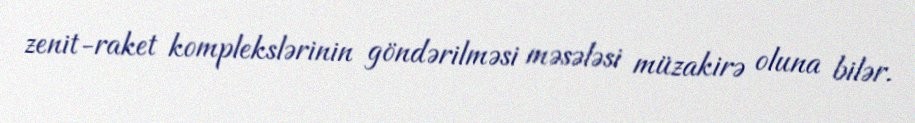
zenit-raket komplekslərinin göndərilməsi məsələsi müzakirə oluna bilər.